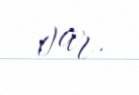
var.